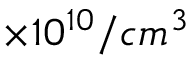
\times 1 0 ^ { 1 0 } / c m ^ { 3 }